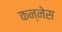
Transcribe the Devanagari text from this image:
कन्नेस